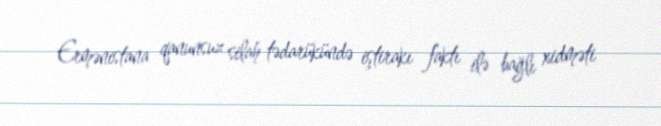
Ermənistana qanunsuz silah tədarükündə iştirakı faktı ilə bağlı xidməti